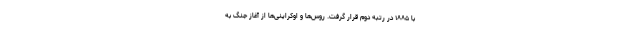
با ۱۸۸۵ در رتبه دوم قرار گرفت. روس‌ها و اوکراینی‌ها از آغاز جنگ به